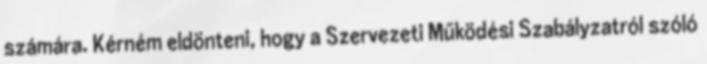
számára. Kérném eldönteni, hogy a Szervezeti Működési Szabályzatról szóló